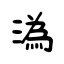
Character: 溈